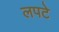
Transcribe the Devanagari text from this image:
लपटे